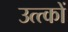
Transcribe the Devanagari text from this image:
उत्त्कों